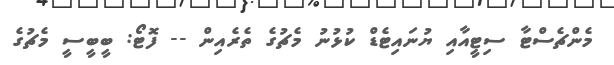
މެންޗެސްޓާ ސިޓީއާއި ޔުނައިޓެޑް ކުޅުނު މެޗުގެ ތެރެއިން -- ފޮޓޯ: ބީބީސީ މެޗުގެ